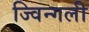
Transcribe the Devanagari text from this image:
ज्विन्गली